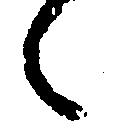
々